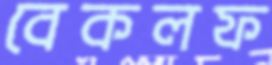
বেকলফ